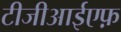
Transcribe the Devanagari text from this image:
टीजीआईएफ़